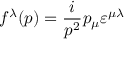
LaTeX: f ^ { \lambda } ( p ) = \frac { i } { p ^ { 2 } } p _ { \mu } \varepsilon ^ { \mu \lambda }